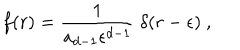
LaTeX: f ( r ) = { \frac { 1 } { a _ { d - 1 } \epsilon ^ { d - 1 } } } ~ \delta ( r - \epsilon ) ~ ,